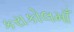
કરાકોલમાઁ